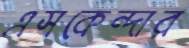
এসকেন্দার